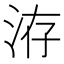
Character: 洊